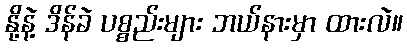
နို့နဲ့ ဒိန်ခဲ ပစ္စည်းများ ဘယ်နားမှာ ထားလဲ။